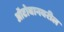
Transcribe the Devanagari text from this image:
ऑटोबानवरील